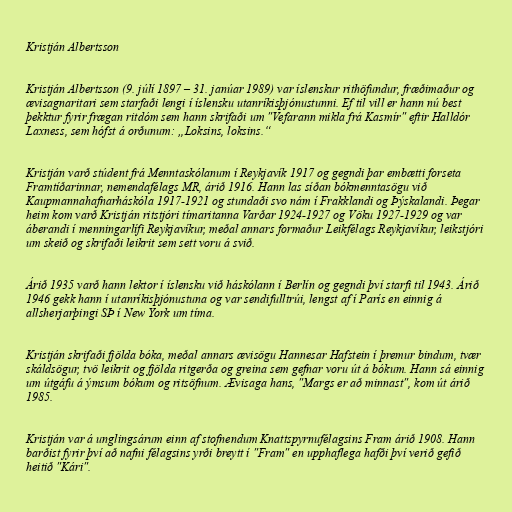
Kristján Albertsson

Kristján Albertsson (9. júlí 1897 – 31. janúar 1989) var íslenskur rithöfundur, fræðimaður og
ævisagnaritari sem starfaði lengi í íslensku utanríkisþjónustunni. Ef til vill er hann nú best
þekktur fyrir frægan ritdóm sem hann skrifaði um "Vefarann mikla frá Kasmír" eftir Halldór
Laxness, sem hófst á orðunum: „Loksins, loksins.“

Kristján varð stúdent frá Menntaskólanum í Reykjavík 1917 og gegndi þar embætti forseta
Framtíðarinnar, nemendafélags MR, árið 1916. Hann las síðan bókmenntasögu við
Kaupmannahafnarháskóla 1917-1921 og stundaði svo nám í Frakklandi og Þýskalandi. Þegar
heim kom varð Kristján ritstjóri tímaritanna Varðar 1924-1927 og Vöku 1927-1929 og var
áberandi í menningarlífi Reykjavíkur, meðal annars formaður Leikfélags Reykjavíkur, leikstjóri
um skeið og skrifaði leikrit sem sett voru á svið.

Árið 1935 varð hann lektor í íslensku við háskólann í Berlín og gegndi því starfi til 1943. Árið
1946 gekk hann í utanríkisþjónustuna og var sendifulltrúi, lengst af í París en einnig á
allsherjarþingi SÞ í New York um tíma.

Kristján skrifaði fjölda bóka, meðal annars ævisögu Hannesar Hafstein í þremur bindum, tvær
skáldsögur, tvö leikrit og fjölda ritgerða og greina sem gefnar voru út á bókum. Hann sá einnig
um útgáfu á ýmsum bókum og ritsöfnum. Ævisaga hans, "Margs er að minnast", kom út árið
1985.

Kristján var á unglingsárum einn af stofnendum Knattspyrnufélagsins Fram árið 1908. Hann
barðist fyrir því að nafni félagsins yrði breytt í "Fram" en upphaflega hafði því verið gefið
heitið "Kári".